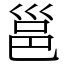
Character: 邕